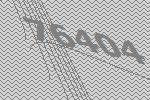
76404